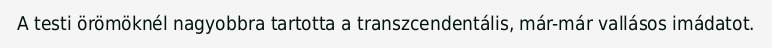
A testi örömöknél nagyobbra tartotta a transzcendentális, már-már vallásos imádatot.